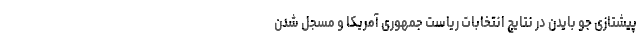
پیشتازی جو بایدن در نتایج انتخابات ریاست جمهوری آمریکا و مسجل شدن